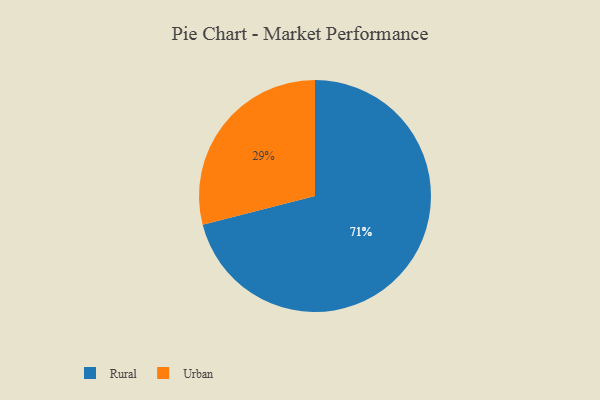
{"axis": {"x": "Category", "y": "Percentage"}, "legend": ["Rural", "Urban"], "data": [{"x": "Urban", "y": 29, "type": "Urban"}, {"x": "Rural", "y": 71, "type": "Rural"}]}